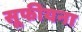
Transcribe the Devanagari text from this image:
सूफीयना